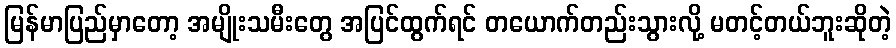
မြန်မာပြည်မှာတော့ အမျိုးသမီးတွေ အပြင်ထွက်ရင် တယောက်တည်းသွားလို့ မတင့်တယ်ဘူးဆိုတဲ့